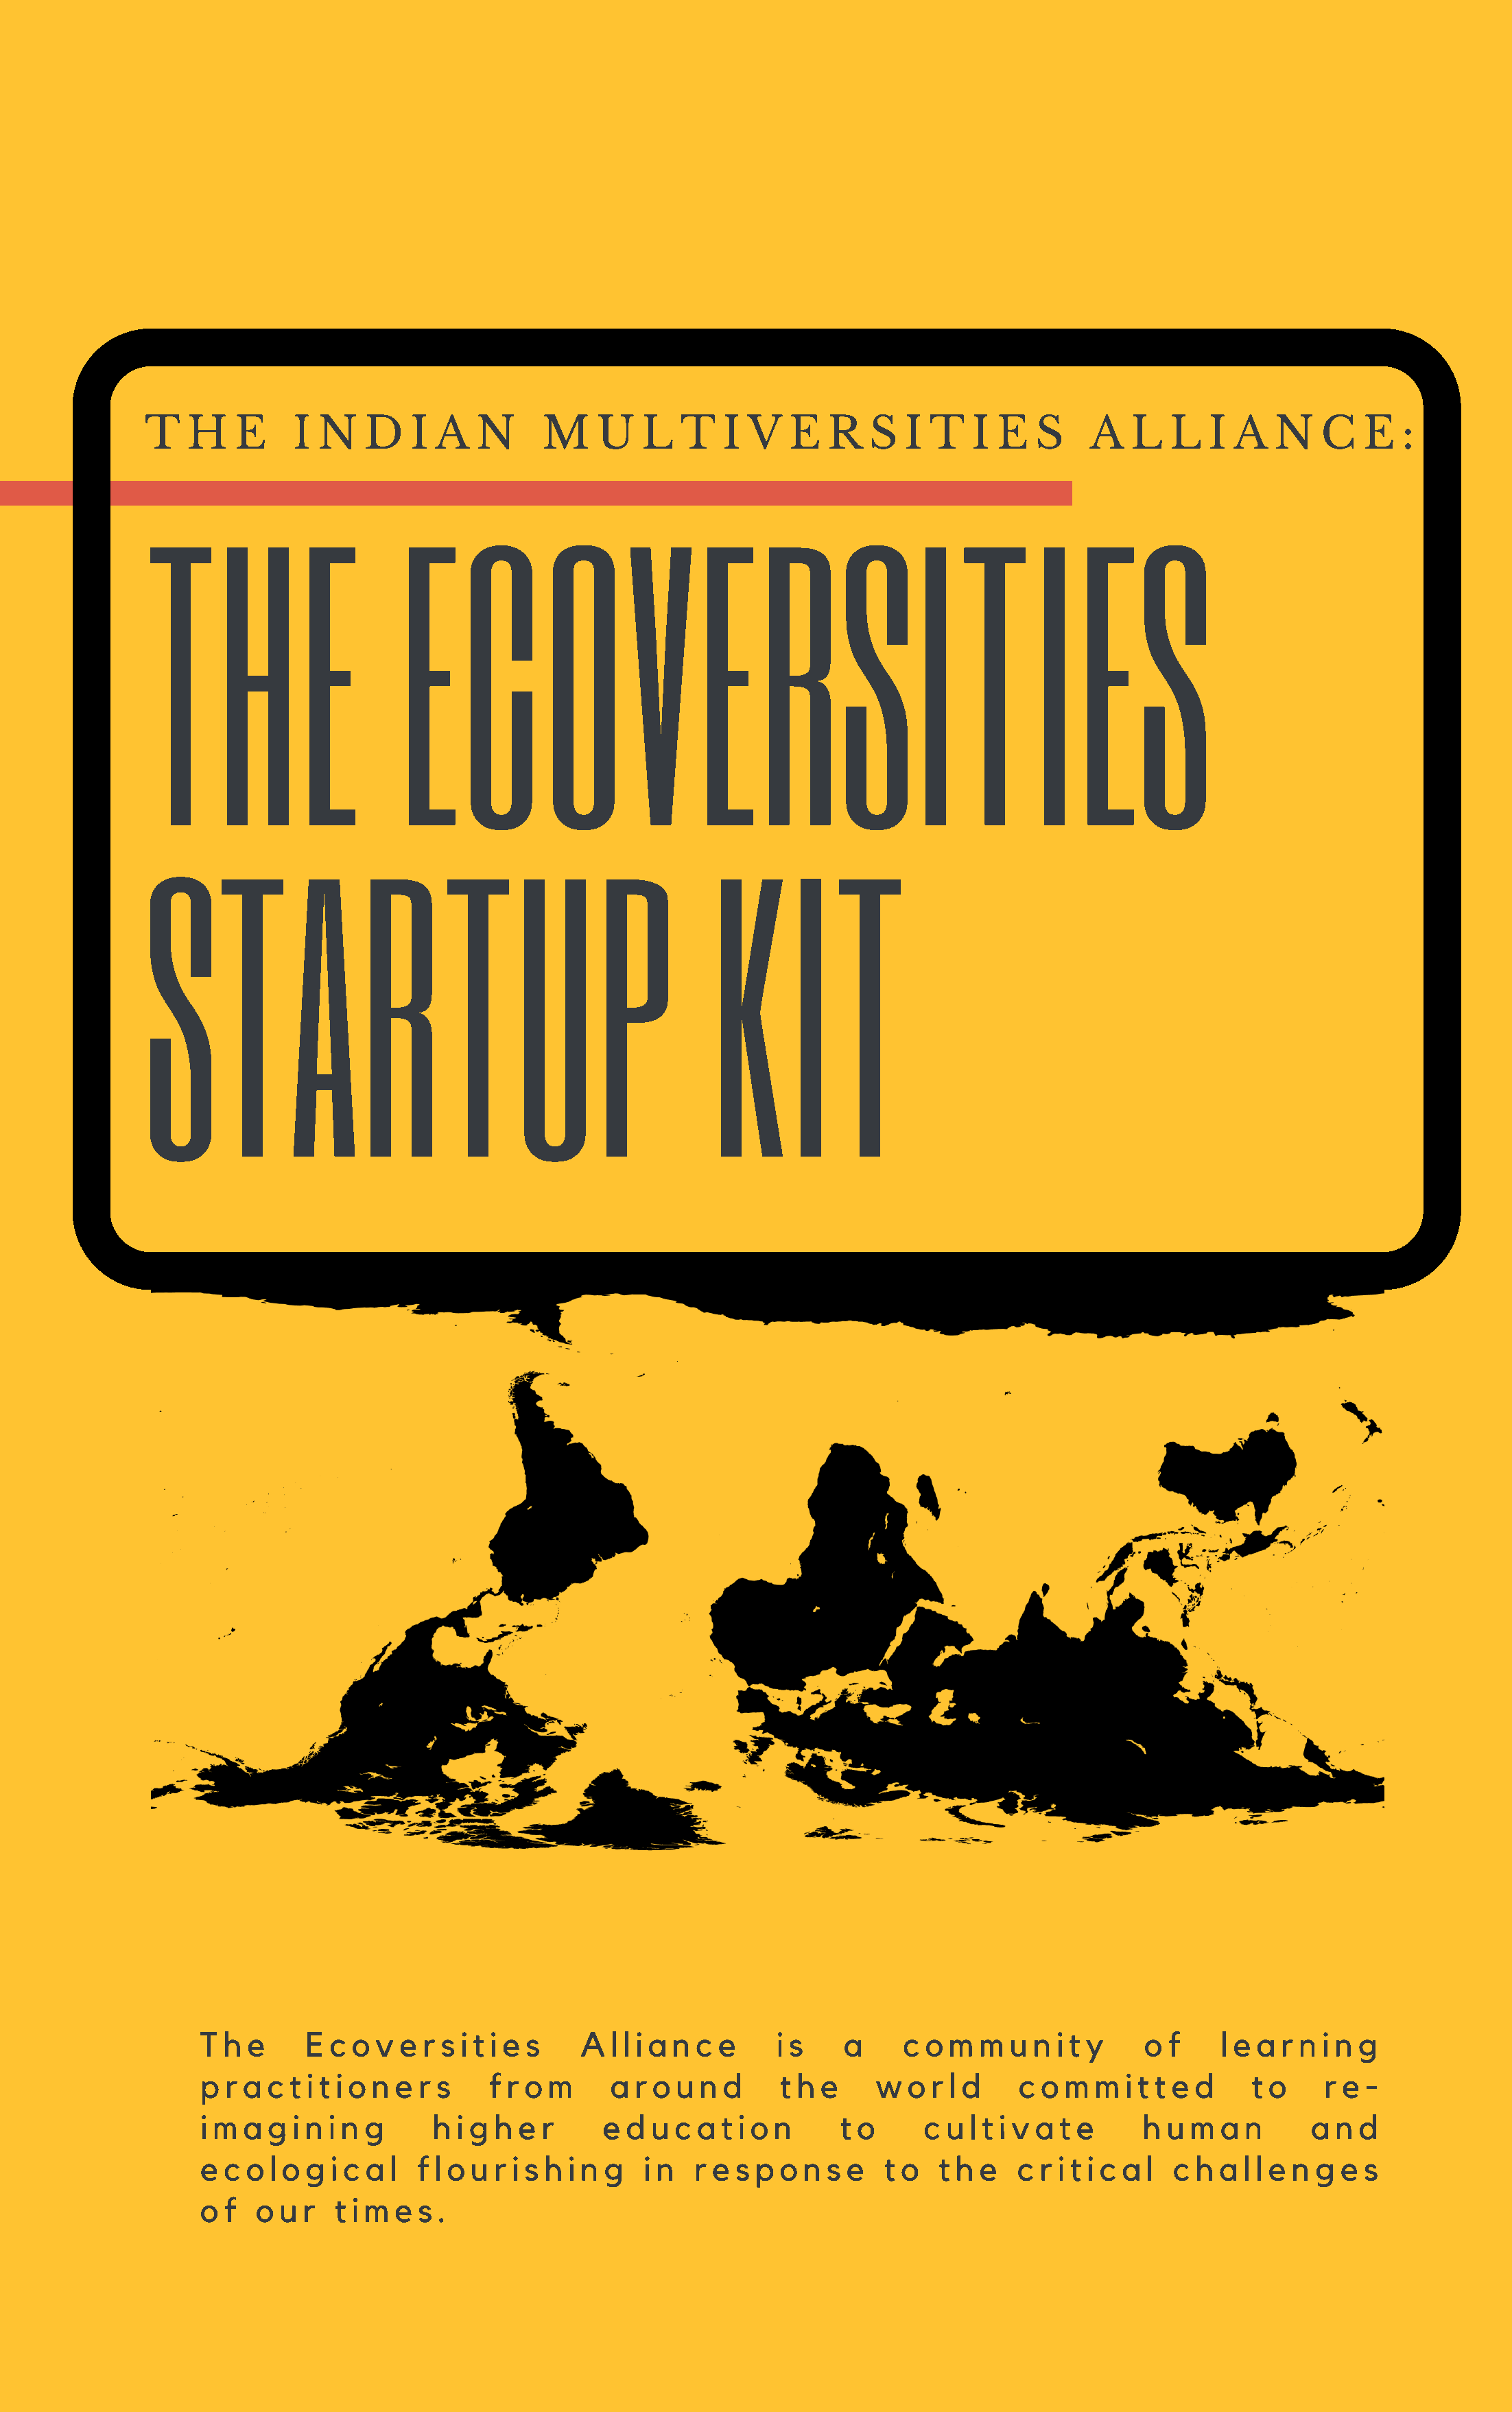
T   H    E    I  N   D    I A   N     M     U   L   T   I V   E   R   S  I  T   I E   S    A   L   L   I A   N   C   E   :
 THE                     ECOVERSITIES
 STARTUP                                                KIT
 T  h e    E  c o v  e r s i t i e s  A  l l i a n c e   i s   a     c o m  m  u  n i t y   o  f    l e a r n i n g
 p  r a c t i t i o n e r s  f r o m     a r o u n  d    t h e    w   o r l d   c o  m  m  i t t e d   t o    r e -
 i m a  g i n i n g     h i g h e r     e d  u c a  t i o n    t o     c u  l t i v a t e   h  u m  a n     a  n d
 e  c o l o g i c a l f l o u r i s h i n g i n  r e s p o n  s e  t o   t h e  c r i t i c a l c h a l l e n g e s
 o  f  o u r  t i m e s .